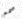
صمم